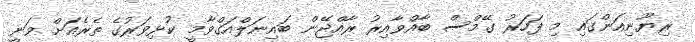
ރިޔޫނިއަންގައި މި ފަހަރު ގޭމްސް ބާއްވާއިރު ރާއްޖޭން ބައިނަލްއަގްވާމީ ކުޅިވަރުގެ ތެރެއަށް ވަނީ